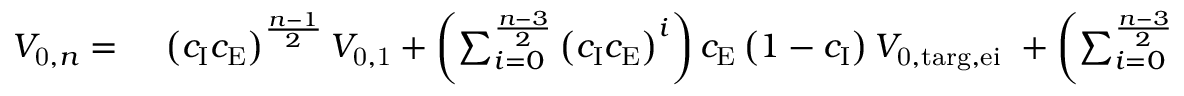
\begin{array} { r l } { V _ { \mathrm { 0 } , n } = \: } & { { } \left( c _ { \mathrm { I } } c _ { \mathrm { E } } \right) ^ { \frac { n - 1 } { 2 } } V _ { \mathrm { 0 , 1 } } + \left( \sum _ { i = 0 } ^ { \frac { n - 3 } { 2 } } \left( c _ { \mathrm { I } } c _ { \mathrm { E } } \right) ^ { i } \right) c _ { \mathrm { E } } \left( 1 - c _ { \mathrm { I } } \right) V _ { \mathrm { 0 , t a r g , e i } } \ + \left( \sum _ { i = 0 } ^ { \frac { n - 3 } { 2 } } \left( c _ { \mathrm { I } } c _ { \mathrm { E } } \right) ^ { i } \right) \left( 1 - c _ { \mathrm { E } } \right) V _ { \mathrm { 0 , t a r g , e e } } , } \end{array}